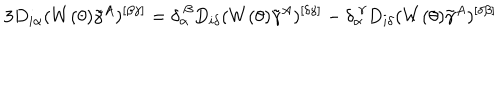
LaTeX: 3 D _ { i \alpha } ( W ( \theta ) \tilde { \gamma } ^ { A } ) ^ { [ \beta \gamma ] } = \delta _ { \alpha } ^ { ~ \beta } D _ { i \delta } ( W ( \theta ) \tilde { \gamma } ^ { A } ) ^ { [ \delta \gamma ] } - \delta _ { \alpha } ^ { ~ \gamma } D _ { i \delta } ( W ( \theta ) \tilde { \gamma } ^ { A } ) ^ { [ \delta \beta ] }